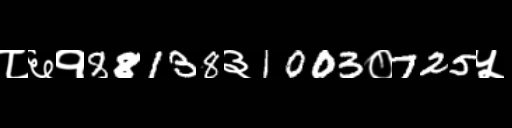
Text: ८६१88138३1003०725५